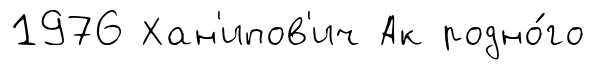
1976 Хан'ипов'ич Ак родно́го